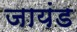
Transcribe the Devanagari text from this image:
जायंड